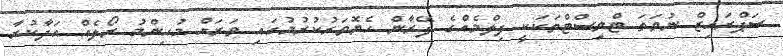
ސަޕްރައިޒް ނުވަތަ ޓްވިސްޓްތަކަކީ ފިލްމެއްގެ ފޭރާން ހެޔޮވަރުކުރުމުގައި ވަރަށް މުހިންމު ރޯލެއް އަދާކުރާ